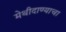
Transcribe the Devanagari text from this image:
मेथीदाण्याचा